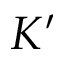
K ^ { \prime }